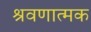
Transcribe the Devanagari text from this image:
श्रवणात्मक